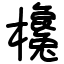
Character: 欃